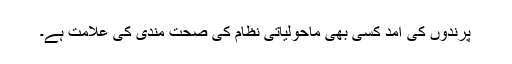
پرندوں کی آمد کسی بھی ماحولیاتی نظام کی صحت مندی کی علامت ہے۔